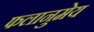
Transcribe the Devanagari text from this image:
फलानुमेय